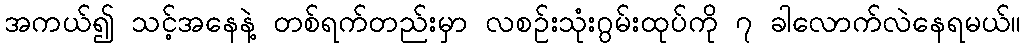
အကယ်၍ သင့်အနေနဲ့ တစ်ရက်တည်းမှာ လစဉ်းသုံးဂွမ်းထုပ်ကို ၇ ခါလောက်လဲနေရမယ်။